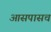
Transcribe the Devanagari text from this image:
आसपासच